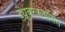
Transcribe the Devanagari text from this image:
ट्यूबरक्लोसिस